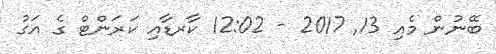
ބޭނުން މެއި 13